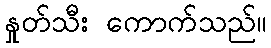
နှုတ်သီး ကောက်သည်။